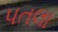
પતલા